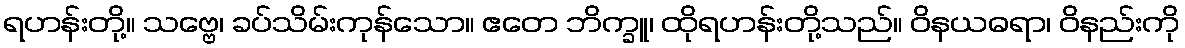
ရဟန်းတို့။ သဗ္ဗေ၊ ခပ်သိမ်းကုန်သော။ ဧတေ ဘိက္ခူ၊ ထိုရဟန်းတို့သည်။ ဝိနယဓရာ၊ ဝိနည်းကို